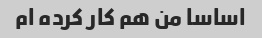
اساسا من هم کار کرده ام